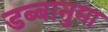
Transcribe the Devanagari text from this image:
डब्बानुमा